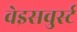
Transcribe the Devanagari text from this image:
वेइसवुर्स्ट